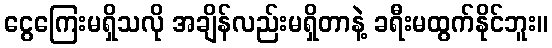
ငွေကြေးမရှိသလို အချိန်လည်းမရှိတာနဲ့ ခရီးမထွက်နိုင်ဘူး။